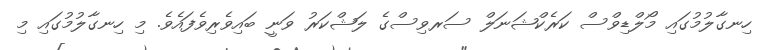
ހިނގާލުމުގައި މޯލްޑިވްސް ކަރެކްޝަނަލް ސަރވިސްގެ ލަޝްކަރު ވަނީ ބައިވެރިވެފައެވެ. މި ހިނގާލުމުގައި މި